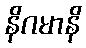
နိဂမာနိ